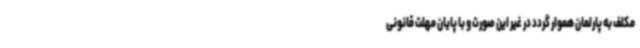
مکلف به پارلمان هموار گردد در غیر این صورت و با پایان مهلت قانونی